Annual administration report of the Civil Veterinary Department of India - 1899-1900
Year: 1899
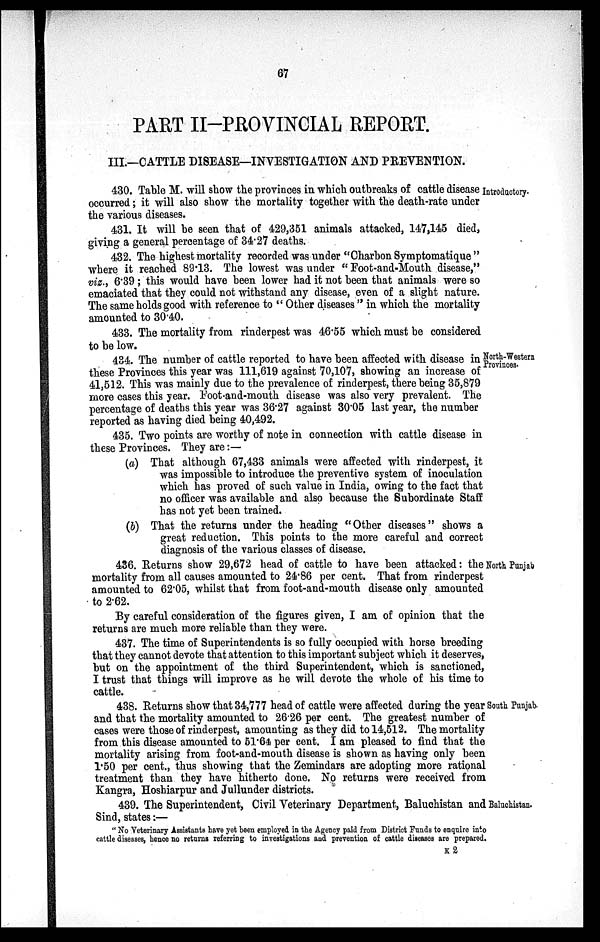
67
PART II—PROVINCIAL REPORT.
III.—CATTLE DISEASE—INVESTIGATION AND PREVENTION.
Introductory.
430. Table M. will show the provinces in which outbreaks of cattle disease
occurred; it will also show the mortality together with the death-rate under
the various diseases.
431. It will be seen that of 429,351 animals attacked, 147,145 died,
giving a general percentage of 34.27 deaths.
432. The highest mortality recorded was under "Charbon Symptomatique"
where it reached 89.13. The lowest was under "Foot-and-Mouth disease,"
viz., 6.39 ; this would have been lower had it not been that animals were so
emaciated that they could not withstand any disease, even of a slight nature.
The same holds good with reference to "Other diseases " in which the mortality
amounted to 30.40.
433. The mortality from rinderpest was 46.55 which must be considered
to be low.
North-Western
Provinces.
434. The number of cattle reported to have been affected with disease in
these Provinces this year was 111,619 against 70,107, showing an increase of
41,512. This was mainly due to the prevalence of rinderpest, there being 35,879
more cases this year. Foot-and-mouth disease was also very prevalent. The
percentage of deaths this year was 36.27 against 30.05 last year, the number
reported as having died being 40,492.
435. Two points are worthy of note in connection with cattle disease in
these Provinces. They are :—
(a) That although 67,433 animals were affected with rinderpest, it
was impossible to introduce the preventive system of inoculation
which has proved of such value in India, owing to the fact that
no officer was available and also because the Subordinate Staff
has not yet been trained.
(b) That the returns under the heading "Other diseases" shows a
great reduction. This points to the more careful and correct
diagnosis of the various classes of disease.
North Punjab
436. Returns show 29,672 head of cattle to have been attacked: the
mortality from all causes amounted to 24.86 per cent. That from rinderpest
amounted to 62.05, whilst that from foot-and-mouth disease only amounted
to 2.62.
By careful consideration of the figures given, I am of opinion that the
returns are much more reliable than they were.
437. The time of Superintendents is so fully occupied with horse breeding
that they cannot devote that attention to this important subject which it deserves,
but on the appointment of the third Superintendent, which is sanctioned,
I trust that things will improve as he will devote the whole of his time to
cattle.
South Punjab.
438. Returns show that 34,777 head of cattle were affected during the year
and that the mortality amounted to 26.26 per cent. The greatest number of
cases were those of rinderpest, amounting as they did to 14,512. The mortality
from this disease amounted to 51.64 per cent. I am pleased to find that the
mortality arising from foot-and-mouth disease is shown as having only been
1.50 per cent., thus showing that the Zemindars are adopting more rational
treatment than they have hitherto done. No returns were received from
Kangra, Hoshiarpur and Jullunder districts.
Baluchistan.
439. The Superintendent, Civil Veterinary Department, Baluchistan and
Sind, states :—
" No Veterinary Assistants have yet been employed in the Agency paid from District Funds to enquire into
cattle diseases, hence no returns referring to investigations and prevention of cattle diseases are prepared.
K 2